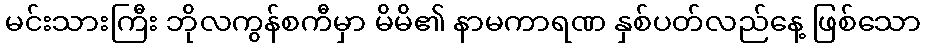
မင်းသားကြီး ဘိုလကွန်စကီမှာ မိမိ၏ နာမကာရဏ နှစ်ပတ်လည်နေ့ ဖြစ်သော